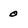
Character: 0